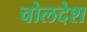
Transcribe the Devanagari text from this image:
चोलदेश